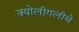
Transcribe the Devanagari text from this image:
क्योलीगलीचे